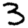
Digit: 3